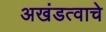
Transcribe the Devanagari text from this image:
अखंडत्वाचे